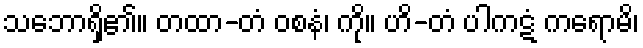
သဘောရှိ၏။ တထာ-တံ ဝစနံ၊ ကို။ ဟိ-တံ ပါကဋံ ကရောမိ၊